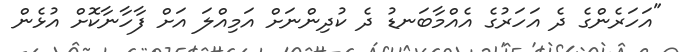
"އަހަރެންގެ ދެ އަހަރުގެ އެއްމާބަނޑު ދެ ކުދިންނަށް އަމިއްލަ އަށް ފާހާނާކޮށް އުޅެން